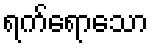
ရက်ရောသော